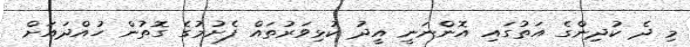
މި ދެ ކުދިންގެ އަތުގައި އޮންނަނީ އީދު ކުޅިވަރުތައް ފެށުމުގެ ގޮތުން ހުއްދައަށް